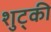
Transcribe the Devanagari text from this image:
शुट्की